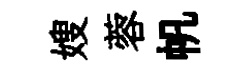
嫂蓉帆